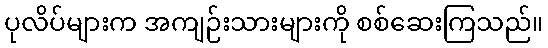
ပုလိပ်များက အကျဉ်းသားများကို စစ်ဆေးကြသည်။